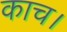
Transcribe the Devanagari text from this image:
काच।